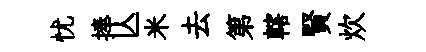
忧捧亾米去第轄賢炊